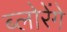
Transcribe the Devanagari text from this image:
ब्लोरेंगे